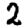
Digit: 2